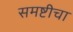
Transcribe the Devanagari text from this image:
समष्टीचा